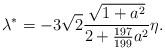
LaTeX: \begin{align*}\lambda^* = -3\sqrt2\frac{\sqrt{1+a^2}}{2+\frac{197}{199}a^2}\eta.\end{align*}